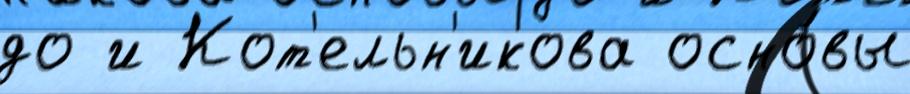
до и Кот'ельн'икова осно́вы